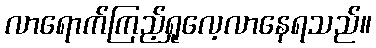
လာရောက်ကြည့်ရှုလေ့လာနေရသည်။